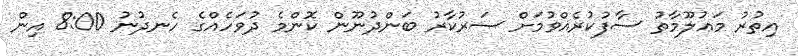
އިތުރު މަޢުލޫމާތު ސާފުކުރެއްވުމަށް ސަރުކާރު ބަންދުނޫން ކޮންމެ ދުވަހެއްގެ ހެނދުނު 8:00 އިން